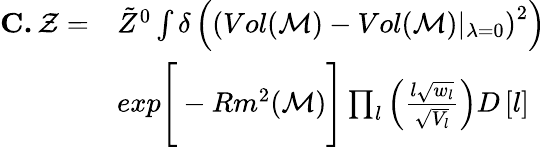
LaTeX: \begin{array}{rl}{\textbf{C.}\, \mathcal{Z}=}&{\tilde{Z}^{0}\int\delta\left(\left(Vol(\mathcal{M})-Vol(\mathcal{M})\vert_{\lambda=0}\right)^{2}\right)}\\ &{exp\Bigg[-Rm^{2}(\mathcal{M})\Bigg]\prod_{l}\left(\frac{l\sqrt{w_{l}}}{\sqrt{V_{l}}}\right)D\left[l\right]}\end{array}